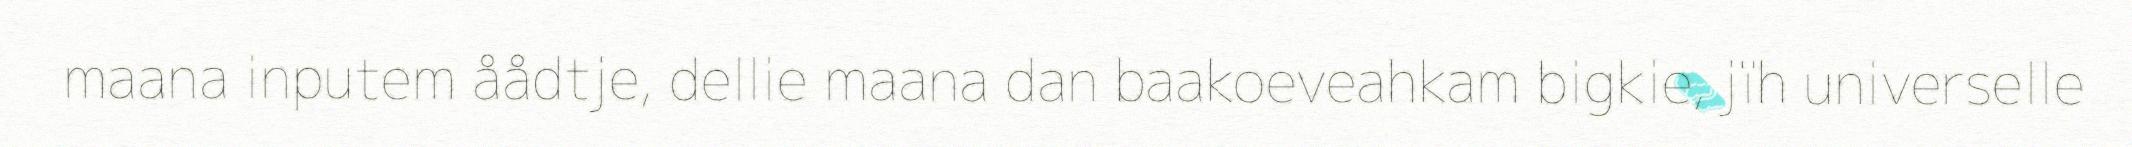
maana inputem åådtje, dellie maana dan baakoeveahkam bigkie, jïh universelle